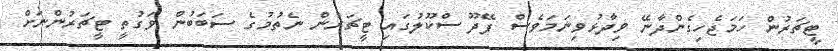
ޓީޗަރުން ހަމަޖެހިގެންދާނޭ ވިދާޅުވިނަމަވެސް ފޭދޫ ސްކޫލުގައި ޓީޗަރުން ނެތުމުގެ ސަބަބުން ވަގުތީ ޓީޗަރުންނަށް